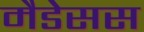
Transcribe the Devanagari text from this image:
मैडेसस